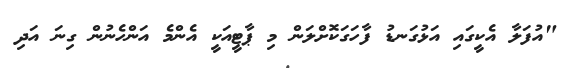
"އުފަލާ އެކީގައި އަޅުގަނޑު ފާހަގަކޮށްލަން މި ޕާޓީއަކީ އެންމެ އަންހެނުން ގިނަ އަދި